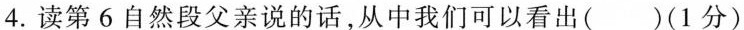
4.读第6自然段父亲说的话，从中我们可以看出()(1分)